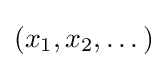
(x_{1},x_{2},\dots )